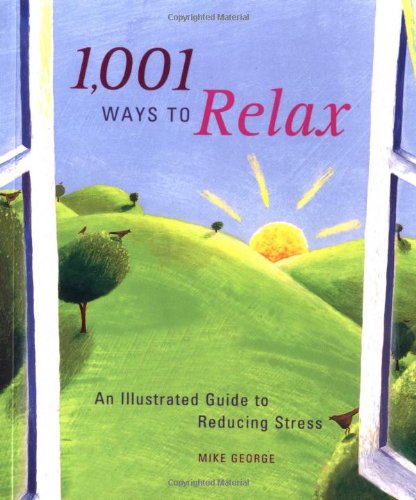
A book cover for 1,001 Ways to Relax: An Illustrated Guide to Reducing Stress; Mike George; Health, Fitness & Dieting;